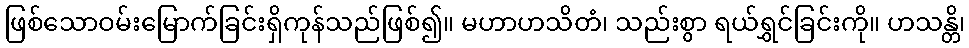
ဖြစ်သောဝမ်းမြောက်ခြင်းရှိကုန်သည်ဖြစ်၍။ မဟာဟသိတံ၊ သည်းစွာ ရယ်ရွှင်ခြင်းကို။ ဟသန္တိ၊